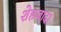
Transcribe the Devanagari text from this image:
शेहजादा